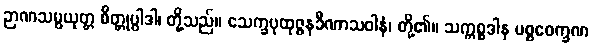
ဉာဏသမ္ပယုတ္တ စိတ္တုပ္ပါဒါ၊ တို့သည်။ သေက္ခပုထုဇ္ဇနခီဏာသဝါနံ၊ တို့၏။ သက္ကစ္စဒါန ပစ္စဝေက္ခဏ